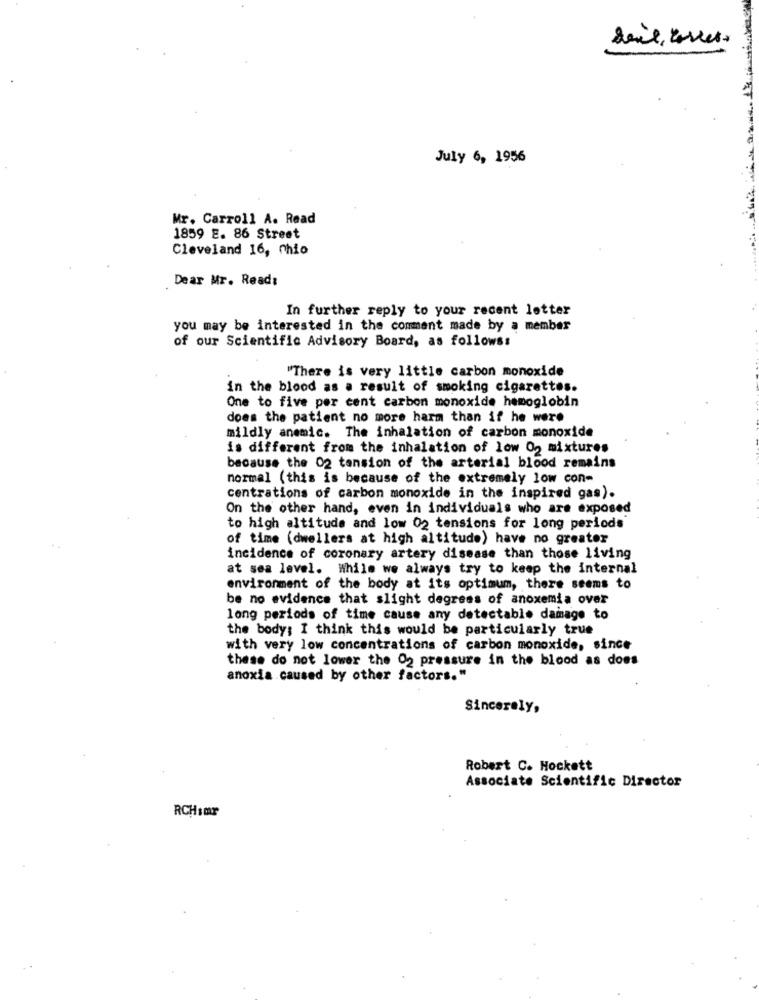
July 6, 1956
Mr. Carroll A. Read
1859 E. 86 Street
Cleveland 16, Chio
Dear Mr. Read:
In further reply to your recent letter
you may be interested in the comment made by a member
of our Scientific Advisory Board, as follows:
"There is very little carbon monoxide
in the blood as a result of smoking cigarettes.
One to five per cent carbon monoxide hemoglobin
does the patient no more harm than if he were
mildly anemic. The inhalation of carbon monoxide
is different from the inhalation of low 02 mixtures
because the 02 tansion of the arterial blood remains
normal (this is because of the extremely low con-
centrations of carbon monoxide in the inspired gas).
On the other hand, even in individuals who are exposed
to high altitude and low 02 tensions for long periods"
of time (dwellers at high altitude) have no greater
incidence of coronary artery disease than those living
at sea level. While we always try to keep the internal
environment of the body at its optimum, there seems to
be no evidence that slight degrees of anoxemia over
long periods of time cause any detectable damage to
the body; I think this would be particularly true
with very low concentrations of carbon monoxide, since
these do not lower the 02 pressure in the blood as does
anoxia caused by other factors."
Sincerely,
Robert C. Hockett
Associate Scientific Director
RCH:Or